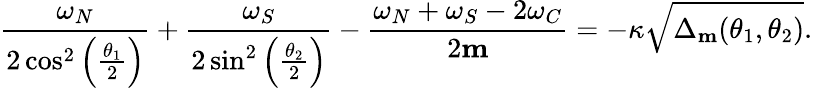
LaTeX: \frac{\omega_{N}}{2\cos^{2}\left(\frac{\theta_{1}}{2}\right)}+\frac{\omega_{S}}{2\sin^{2}\left(\frac{\theta_{2}}{2}\right)}-\frac{\omega_{N}+\omega_{S}-2\omega_{C}}{2\mathbf{m}}=-\kappa\sqrt{\Delta_{\mathbf{m}}(\theta_{1},\theta_{2})}.